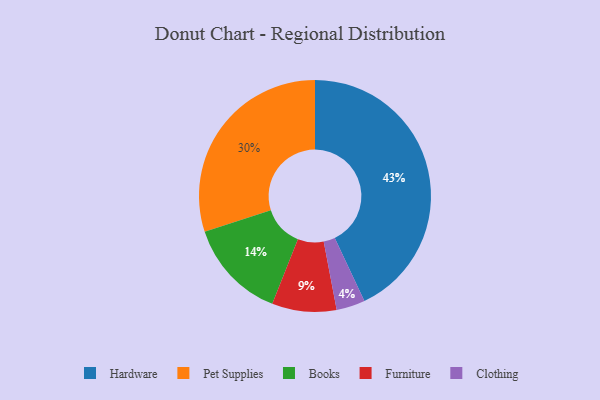
{"axis": {"x": "Category", "y": "Percentage"}, "legend": ["Books", "Clothing", "Furniture", "Hardware", "Pet Supplies"], "data": [{"x": "Hardware", "y": 43, "type": "Hardware"}, {"x": "Furniture", "y": 9, "type": "Furniture"}, {"x": "Clothing", "y": 4, "type": "Clothing"}, {"x": "Books", "y": 14, "type": "Books"}, {"x": "Pet Supplies", "y": 30, "type": "Pet Supplies"}]}